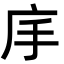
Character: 𭙕